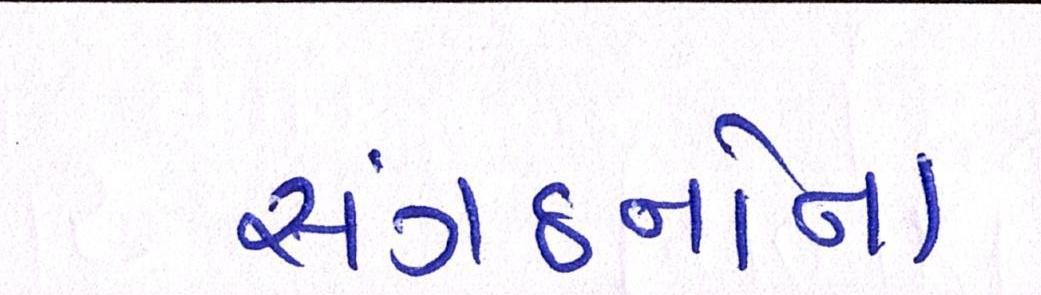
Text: સંગઠનોના